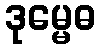
ဒုမ္မေဓ